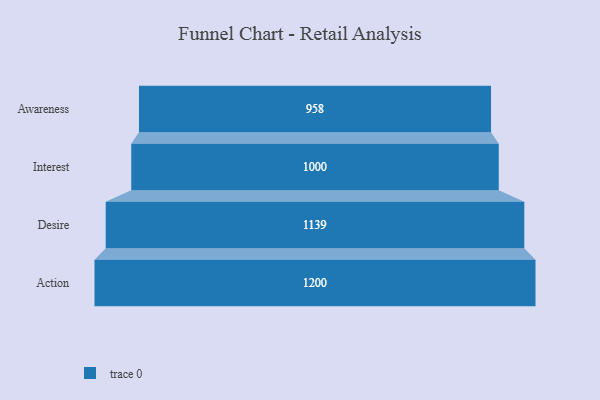
{"axis": {"x": "Stage", "y": "Value"}, "legend": [""], "data": [{"x": "Awareness", "y": 958.0, "type": ""}, {"x": "Interest", "y": 1000.0, "type": ""}, {"x": "Desire", "y": 1139.0, "type": ""}, {"x": "Action", "y": 1200.0, "type": ""}]}